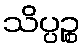
သိပ္ပဉ္စ